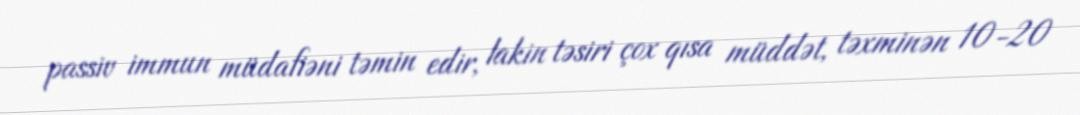
passiv immun müdafiəni təmin edir, lakin təsiri çox qısa müddət, təxminən 10-20